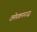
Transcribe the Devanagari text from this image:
ठमेपकपनउद्ध